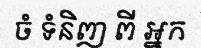
ចំ ទំនិញ ពី អ្នក